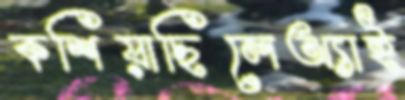
কশিয়াছিলেঅ্যাই